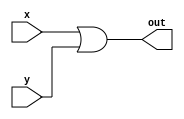
module or1(x,y,out);
input x,y;
output out;
assign out = x|y;
endmodule